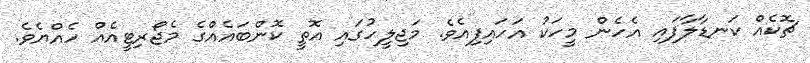
ޗޮކެއް ކަނޑާލާފައި އެހެން މީހަކު އަހައިފިއެވެ. މަޖިލީހުގައި އޮތީ ކޮންބައެއްގެ މެޖޯރިޓީއެއް ހެއްޔެވެ.